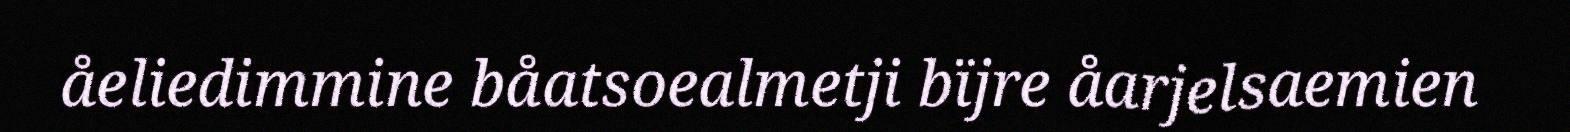
åeliedimmine båatsoealmetji bïjre åarjelsaemien